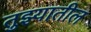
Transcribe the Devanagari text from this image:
तुझ्यातील